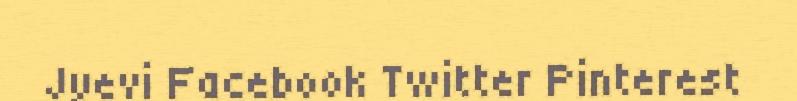
Jyevi Facebook Twitter Pinterest